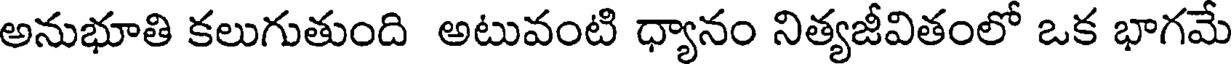
అనుభూతి కలుగుతుంది అటువంటి ధ్యానం నిత్యజీవితంలో ఒక భాగమే